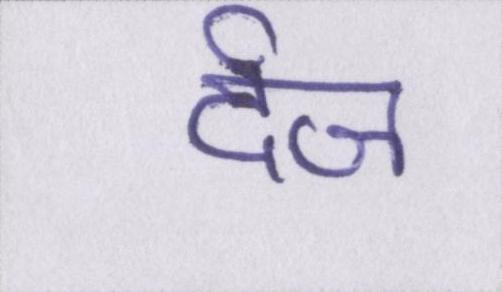
र्दज